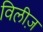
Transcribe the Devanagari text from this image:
विलीज़